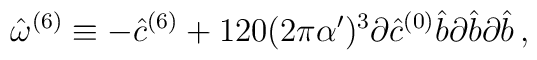
\hat{\omega}^{(6)} \equiv -{\hat c}^{(6)}+120(2\pi\alpha^\prime)^3\partial {\hat c}^{(0)}{\hat b}\partial {\hat b}\partial {\hat b}\, ,